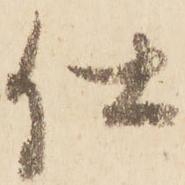
仕